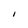
Character: I